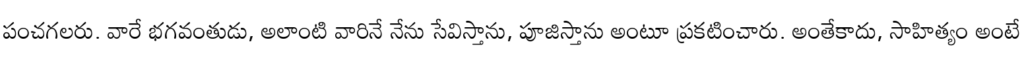
పంచగలరు. వారే భగవంతుడు, అలాంటి వారినే నేను సేవిస్తాను, పూజిస్తాను అంటూ ప్రకటించారు. అంతేకాదు, సాహిత్యం అంటే